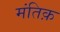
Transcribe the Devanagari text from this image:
मंतिक़